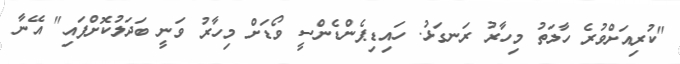
"ކުރިއަށްވުރެ ހާލަތު މިހާރު ރަނގަޅު. ހައިޑިޕެންޑެންސީ ވޯޑަށް މިހާރު ވަނީ ބަދަލުކޮށްފައި" އޭނާ